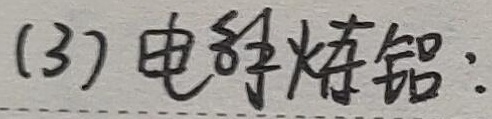
(3) 电解炼铝：